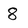
Character: 8